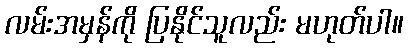
လမ်းအမှန်ကို ပြနိုင်သူလည်း မဟုတ်ပါ။